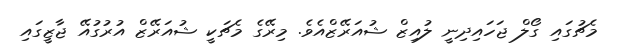
މެޗުގައި ގޯލް ޖަހައިދިނީ ލުއިޒް ޝުއަރޭޒްއެވެ. މިރޭގެ މެޗަކީ ޝުއަރޭޒް އުރުގުއޭ ޖާޒީގައި